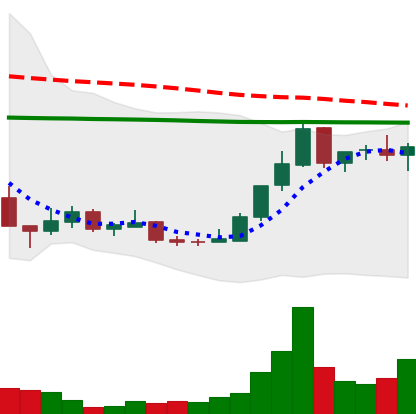
Ticker: LINK-USD
Chart end date: 2018-12-25
Forward return: -5.987%
Label: down_5_7